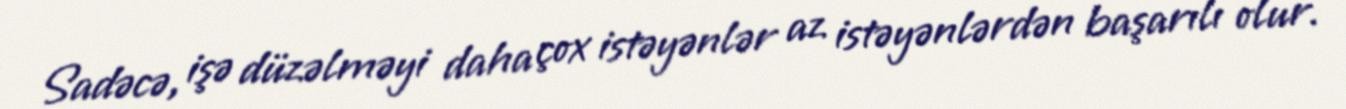
Sadəcə, işə düzəlməyi daha çox istəyənlər az istəyənlərdən başarılı olur.